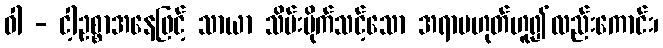
ဝါ - ငါ့ဥစ္စာအနေဖြင့် သာယာ သိမ်းပိုက်သင့်သော အရာမဟုတ်ဟူ၍လည်းကောင်း၊